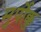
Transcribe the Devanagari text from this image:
मुर्पोक्कु